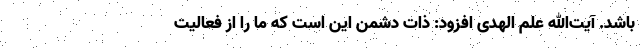
باشد. آیت‌الله علم الهدی افزود: ذات دشمن این است که ما را از فعالیت